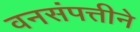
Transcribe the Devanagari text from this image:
वनसंपत्तीने